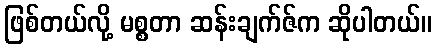
ဖြစ်တယ်လို့ မစ္စတာ ဆန်းချက်ဇ်က ဆိုပါတယ်။